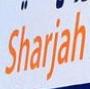
sharjah